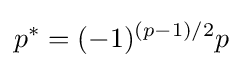
p^{*}=(-1)^{(p-1)/2}p